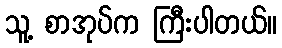
သူ့ စာအုပ်က ကြီးပါတယ်။